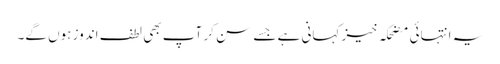
یہ انتہائی مضحکہ خیز کہانی ہے جسے سن کر آپ بھی لطف اندوز ہوں گے۔